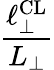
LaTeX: \frac{\ell_{\perp}^{\mathrm{CL}}}{L_{\perp}}